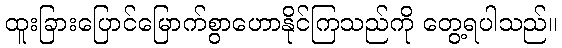
ထူးခြားပြောင်မြောက်စွာဟောနိုင်ကြသည်ကို တွေ့ရပါသည်။